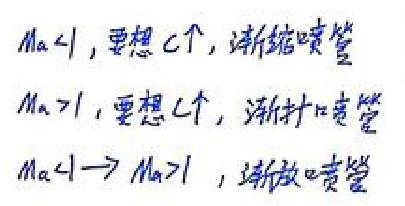
$Ma<1$，要想c\uparrow，渐缩喷管\\
$Ma>1$，要想c\uparrow，渐扩喷管\\
$Ma<1$\rightarrow $Ma>1$，渐放喷管